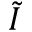
\tilde { I }